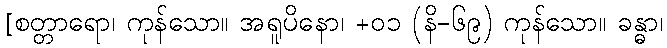
[စတ္တာရော၊ ကုန်သော။ အရူပိနော၊ +၀၁ (နိ-၆၉) ကုန်သော။ ခန္ဓာ၊